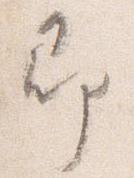
即